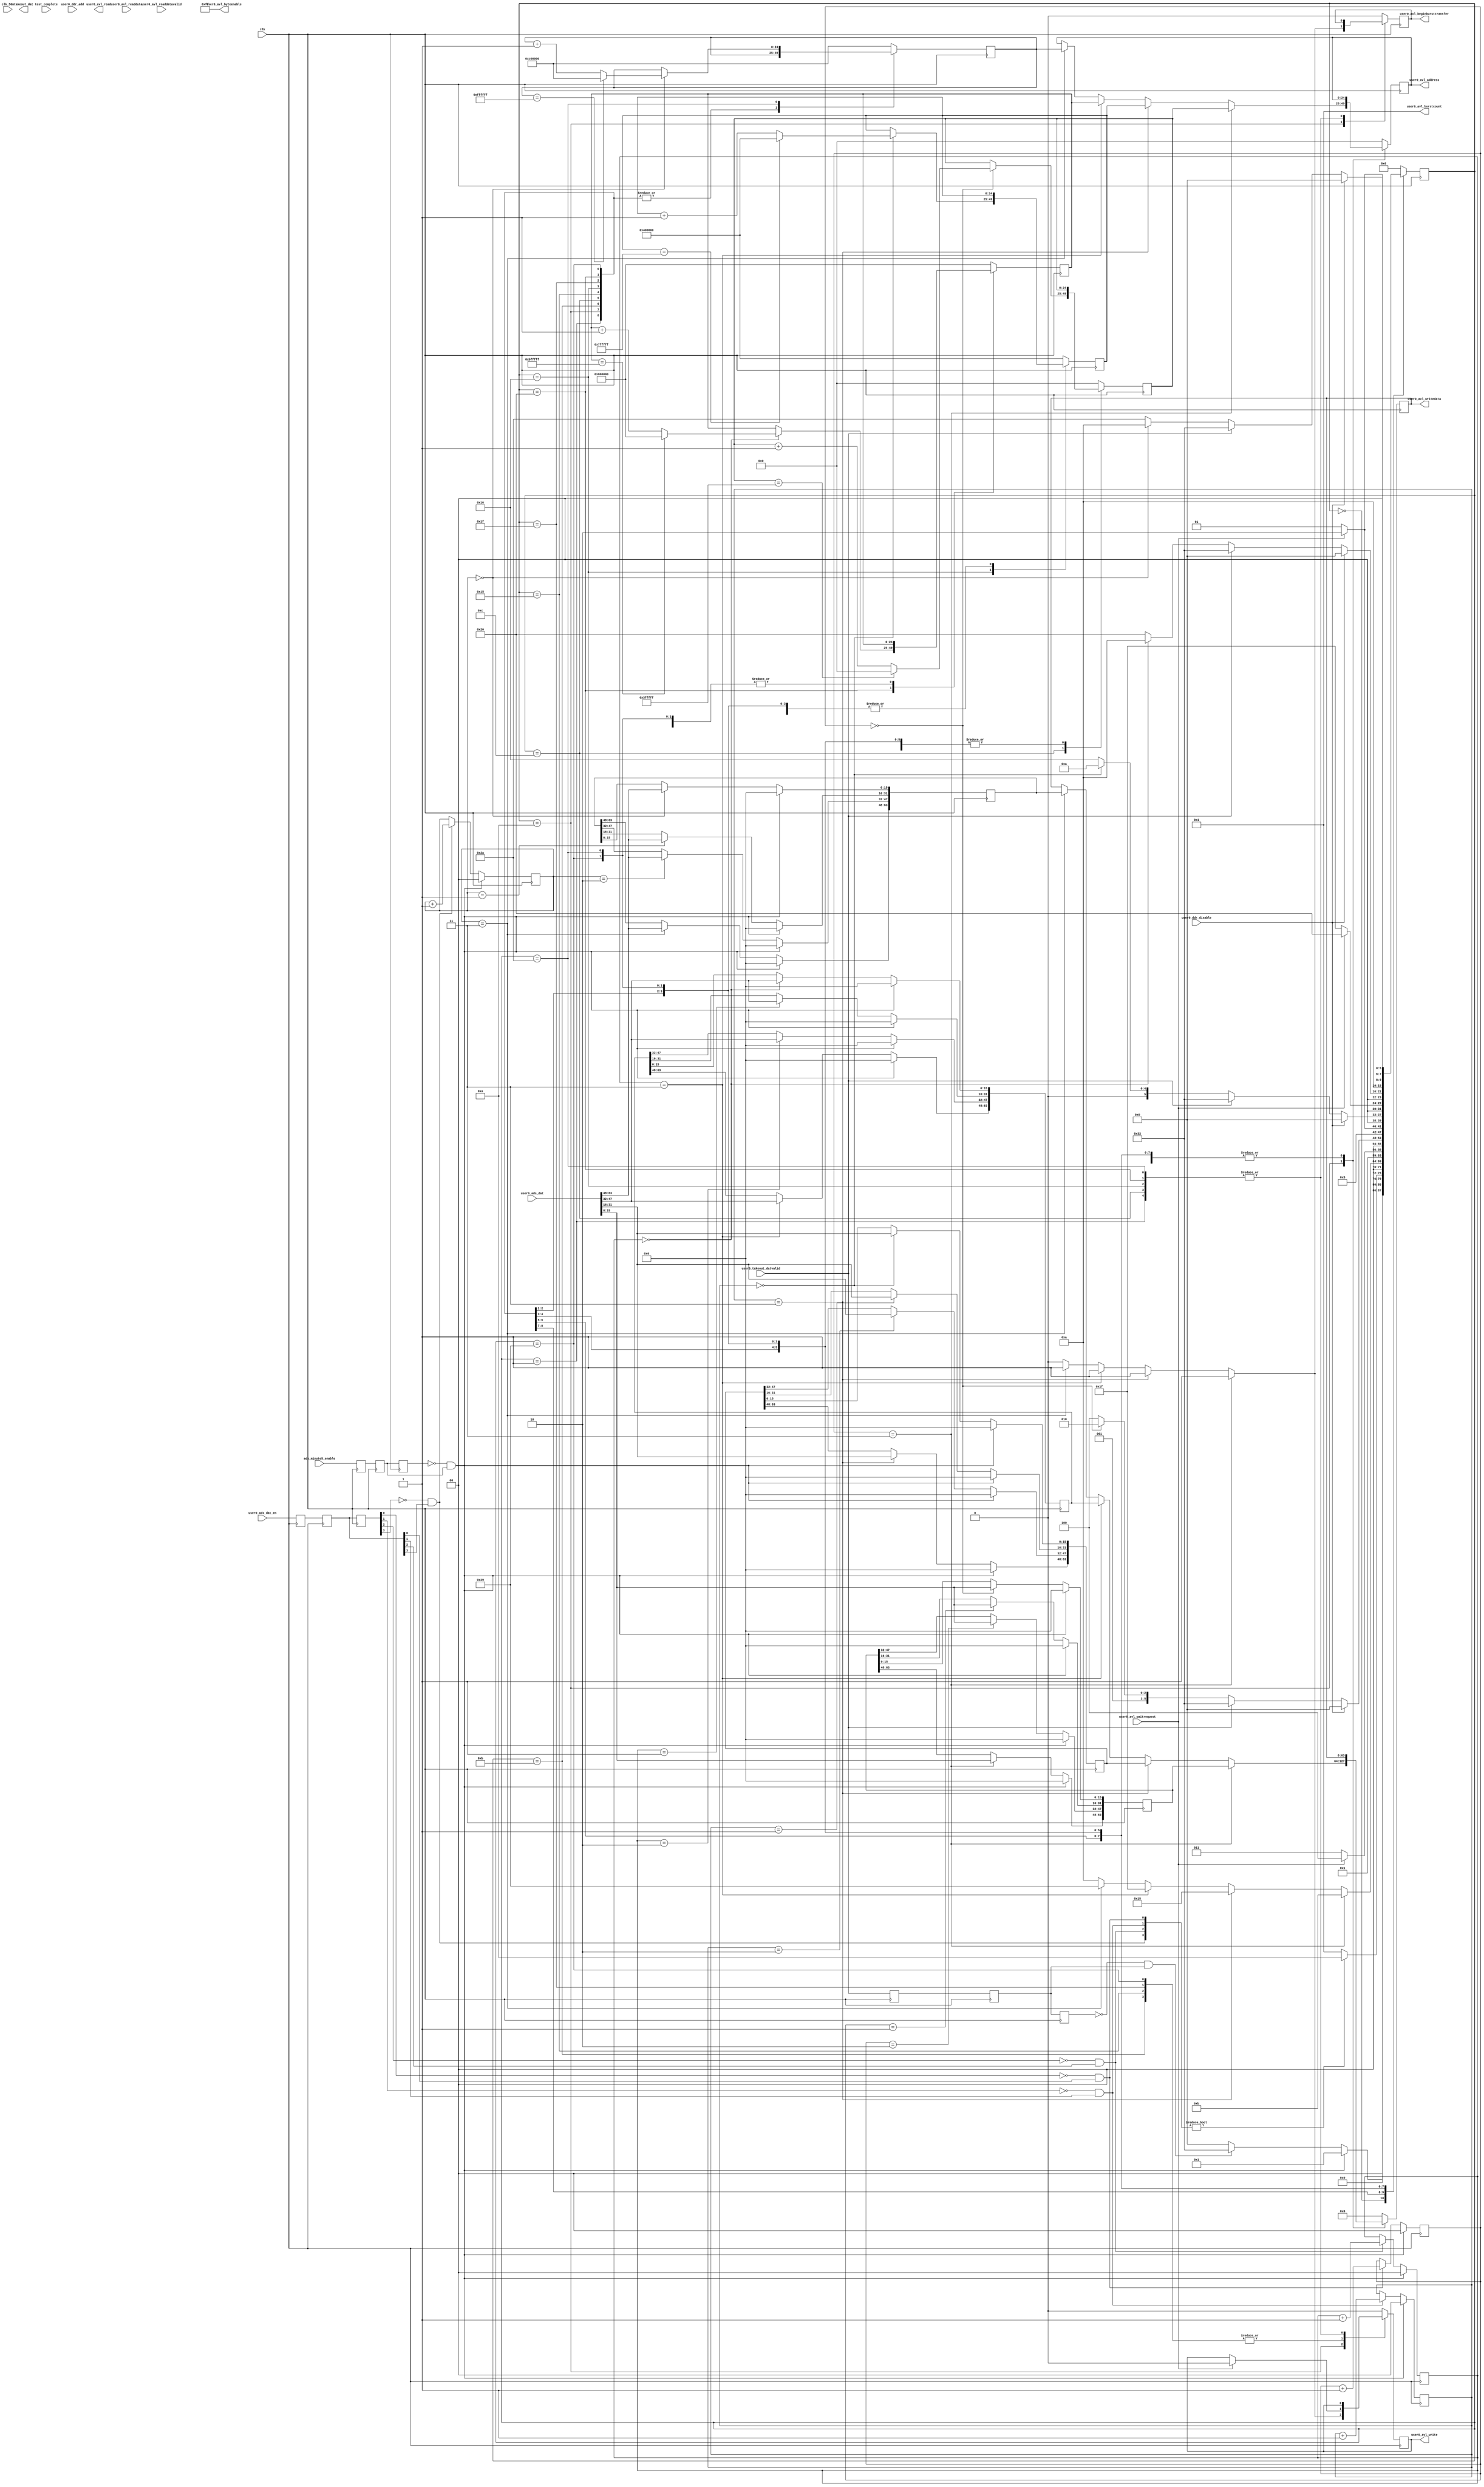
`timescale 1 ns / 1 ns
module ddr_control_ads_minute5(
		input clk,
		input clk_50m,
		input test_complete,
		
		output reg [24:0]  user0_avl_address,              //user0_avl.address
		output reg         user0_avl_write,                //.write
		output reg         user0_avl_read,                 //.read
		input  wire[63:0]  user0_avl_readdata,             //.readdata
		output reg [63:0]  user0_avl_writedata,            //.writedata
		output reg         user0_avl_beginbursttransfer,   //.beginbursttransfer
		output wire[3:0]   user0_avl_burstcount,           //.burstcount
		output wire[7:0]   user0_avl_byteenable,           //.byteenable
		input  wire        user0_avl_readdatavalid,        //.readdatavalid
		input  wire        user0_avl_waitrequest,          //.waitrequest_n
		
		input 	  [24:0]	 user0_ddr_add,
		input 				 ads_minute5_enable,
		input 				 user0_ddr_disable,
		input 				 user0_takeout_datvalid,
		
		input 	  [63:0]  user0_ads_dat,
		input 	  [3:0]   user0_ads_dat_en,
		
		output reg [63:0]	 takeout_dat
	);
 parameter ddr_baseadd_ads1ch2 = 25'h000_0000;//block1
 parameter ddr_endadd_ads1ch2  = 25'h03f_ffff;//block1
 parameter ddr_baseadd_ads1ch3 = 25'h040_0000;//block2
 parameter ddr_endadd_ads1ch3  = 25'h07f_ffff;//block2
 parameter ddr_baseadd_ads2ch2 = 25'h080_0000;//block3
 parameter ddr_endadd_ads2ch2  = 25'h0bf_ffff;//block3
 parameter ddr_baseadd_ads2ch3 = 25'h0c0_0000;//block4	
 parameter ddr_endadd_ads2ch3  = 25'h0ff_ffff;//block4
 
 parameter read_ddr_stradd	    = 25'h000_0000;//block4
 parameter read_ddr_endadd	    = 25'h100_0000;//block4	
assign user0_avl_burstcount=1;         		//.burstcount
assign user0_avl_byteenable=8'b1111_1111;  //.byteenable
//----------save 4 channel ads data into ddr 4 equality block---------------//	
////////////search posedge of control signal
 wire pos_ads_minute5_enable,neg_ads_minute5_enable;
 reg ads_minute5_enable_r0,ads_minute5_enable_r1,ads_minute5_enable_r2;
 always@(posedge clk)
	begin
		ads_minute5_enable_r0<=ads_minute5_enable;
		ads_minute5_enable_r1<=ads_minute5_enable_r0;
		ads_minute5_enable_r2<=ads_minute5_enable_r1;
	end
	assign pos_ads_minute5_enable=(~ads_minute5_enable_r2)&ads_minute5_enable_r1;
	assign neg_ads_minute5_enable=ads_minute5_enable_r2&(~ads_minute5_enable_r1);   
	
 wire pos_user0_takeout_datvalid,neg_user0_takeout_datvalid;
 reg user0_takeout_datvalid_r0,user0_takeout_datvalid_r1,user0_takeout_datvalid_r2;
 always@(posedge clk)
	begin
		user0_takeout_datvalid_r0<=user0_takeout_datvalid;
		user0_takeout_datvalid_r1<=user0_takeout_datvalid_r0;
		user0_takeout_datvalid_r2<=user0_takeout_datvalid_r1;
	end
	assign pos_user0_takeout_datvalid=(~user0_takeout_datvalid_r2)&user0_takeout_datvalid_r1;
	assign neg_user0_takeout_datvalid=user0_takeout_datvalid_r2&(~user0_takeout_datvalid_r1);   
	

 reg minute5_arrive;
 wire pos_minute5_arrive,neg_minute5_arrive;
 reg minute5_arrive_r0,minute5_arrive_r1,minute5_arrive_r2;
 always@(posedge clk)
	begin
		minute5_arrive_r0<=minute5_arrive;
		minute5_arrive_r1<=minute5_arrive_r0;
		minute5_arrive_r2<=minute5_arrive_r1;
	end
	assign pos_minute5_arrive=(~minute5_arrive_r2)&minute5_arrive_r1;
	assign neg_minute5_arrive=minute5_arrive_r2&(~minute5_arrive_r1);

 wire [3:0]pos_user0_ads_dat_en,neg_user0_ads_dat_en;
 reg [3:0]user0_ads_dat_en_r0,user0_ads_dat_en_r1,user0_ads_dat_en_r2;
 always@(posedge clk)
	begin
		user0_ads_dat_en_r0<=user0_ads_dat_en;
		user0_ads_dat_en_r1<=user0_ads_dat_en_r0;
		user0_ads_dat_en_r2<=user0_ads_dat_en_r1;
	end
	assign pos_user0_ads_dat_en[0]=(~user0_ads_dat_en_r2[0])&user0_ads_dat_en_r1[0];
	assign neg_user0_ads_dat_en[0]=user0_ads_dat_en_r2[0]&(~user0_ads_dat_en_r1[0]);
	assign pos_user0_ads_dat_en[1]=(~user0_ads_dat_en_r2[1])&user0_ads_dat_en_r1[1];
	assign neg_user0_ads_dat_en[1]=user0_ads_dat_en_r2[1]&(~user0_ads_dat_en_r1[1]);
	assign pos_user0_ads_dat_en[2]=(~user0_ads_dat_en_r2[2])&user0_ads_dat_en_r1[2];
	assign neg_user0_ads_dat_en[2]=user0_ads_dat_en_r2[2]&(~user0_ads_dat_en_r1[2]);
	assign pos_user0_ads_dat_en[3]=(~user0_ads_dat_en_r2[3])&user0_ads_dat_en_r1[3];
	assign neg_user0_ads_dat_en[3]=user0_ads_dat_en_r2[3]&(~user0_ads_dat_en_r1[3]);

///////////put 4 channel ads data into ddr
 reg[24:0] ddr_add_ads1ch2,ddr_add_ads1ch3,ddr_add_ads2ch2,ddr_add_ads2ch3;
 reg[63:0] ddr_dat_ads1ch2,ddr_dat_ads1ch3,ddr_dat_ads2ch2,ddr_dat_ads2ch3;
 
 reg [1:0] ddrdat_wait_cnt0,ddrdat_wait_cnt1,ddrdat_wait_cnt2,ddrdat_wait_cnt3;
 always@(posedge clk)
	begin
		if(pos_ads_minute5_enable)
			begin
				ddrdat_wait_cnt0<=0;
				ddrdat_wait_cnt1<=0;
				ddrdat_wait_cnt2<=0;
				ddrdat_wait_cnt3<=0;
			end
		else
			begin
				if(pos_user0_ads_dat_en[0])ddrdat_wait_cnt0<=ddrdat_wait_cnt0+1;
				else ddrdat_wait_cnt0<=ddrdat_wait_cnt0;
				if(pos_user0_ads_dat_en[1])ddrdat_wait_cnt1<=ddrdat_wait_cnt1+1;
				else ddrdat_wait_cnt1<=ddrdat_wait_cnt1;
				if(pos_user0_ads_dat_en[2])ddrdat_wait_cnt2<=ddrdat_wait_cnt2+1;
				else ddrdat_wait_cnt2<=ddrdat_wait_cnt2;
				if(pos_user0_ads_dat_en[3])ddrdat_wait_cnt3<=ddrdat_wait_cnt3+1;
				else ddrdat_wait_cnt3<=ddrdat_wait_cnt3;
			end
	end
	
  always@(posedge clk)
	begin
		if(pos_ads_minute5_enable)
			begin
				ddr_dat_ads1ch2<=0;
				ddr_dat_ads1ch3<=0;
				ddr_dat_ads2ch2<=0;
				ddr_dat_ads2ch3<=0;
			end
		else
			begin
				case(ddrdat_wait_cnt0)
					0:ddr_dat_ads1ch2[15: 0]<=user0_ads_dat[15: 0];
					1:ddr_dat_ads1ch2[31:16]<=user0_ads_dat[15: 0];
					2:ddr_dat_ads1ch2[47:32]<=user0_ads_dat[15: 0];
					3:ddr_dat_ads1ch2[63:48]<=user0_ads_dat[15: 0];
					default:ddr_dat_ads1ch2<=ddr_dat_ads1ch2;
				endcase
				case(ddrdat_wait_cnt1)
					0:ddr_dat_ads1ch3[15: 0]<=user0_ads_dat[31:16];
					1:ddr_dat_ads1ch3[31:16]<=user0_ads_dat[31:16];
					2:ddr_dat_ads1ch3[47:32]<=user0_ads_dat[31:16];
					3:ddr_dat_ads1ch3[63:48]<=user0_ads_dat[31:16];
					default:ddr_dat_ads1ch3<=ddr_dat_ads1ch3;
				endcase
				case(ddrdat_wait_cnt2)
					0:ddr_dat_ads2ch2[15: 0]<=user0_ads_dat[47:32];
					1:ddr_dat_ads2ch2[31:16]<=user0_ads_dat[47:32];
					2:ddr_dat_ads2ch2[47:32]<=user0_ads_dat[47:32];
					3:ddr_dat_ads2ch2[63:48]<=user0_ads_dat[47:32];
					default:ddr_dat_ads2ch2<=ddr_dat_ads2ch2;
				endcase
				case(ddrdat_wait_cnt3)
					0:ddr_dat_ads2ch3[15: 0]<=user0_ads_dat[63:48];
					1:ddr_dat_ads2ch3[31:16]<=user0_ads_dat[63:48];
					2:ddr_dat_ads2ch3[47:32]<=user0_ads_dat[63:48];
					3:ddr_dat_ads2ch3[63:48]<=user0_ads_dat[63:48];
					default:ddr_dat_ads2ch3<=ddr_dat_ads2ch3;
				endcase
			end
	end	
						
(*syn_preserve = 1*)reg [7:0] ddr_minute5_state;
always@(posedge clk)
	begin
		case(ddr_minute5_state)
				0:begin
					ddr_add_ads1ch2<=ddr_baseadd_ads1ch2;
					ddr_add_ads1ch3<=ddr_baseadd_ads1ch3;
					ddr_add_ads2ch2<=ddr_baseadd_ads2ch2;
					ddr_add_ads2ch3<=ddr_baseadd_ads2ch3;
					user0_avl_address		<=0;
					user0_avl_writedata	<=0;
					user0_avl_beginbursttransfer<=0;
					user0_avl_write<=0;
					
					if(pos_ads_minute5_enable)ddr_minute5_state<=1;
					else if(pos_user0_takeout_datvalid)ddr_minute5_state<=50;
					else ddr_minute5_state<=0;
					  end			
				1:begin
//					user0_avl_burstcount<=1;         		//.burstcount
					if		 (pos_user0_ads_dat_en!=0)ddr_minute5_state<=10;
					else ddr_minute5_state<=1;
					  end
				10:begin
					if		 (ddrdat_wait_cnt0==3)begin
						user0_avl_address		<=ddr_add_ads1ch2;
						user0_avl_writedata	<=ddr_dat_ads1ch2;
						user0_avl_write<=1;
						user0_avl_beginbursttransfer<=1;
						ddr_minute5_state<=11;end
					else if(ddrdat_wait_cnt1==3)begin
						user0_avl_address		<=ddr_add_ads1ch3;
						user0_avl_writedata	<=ddr_dat_ads1ch3;
						user0_avl_write<=1;
						user0_avl_beginbursttransfer<=1;
						ddr_minute5_state<=21;end
					else if(ddrdat_wait_cnt2==3)begin
						user0_avl_address		<=ddr_add_ads2ch2;
						user0_avl_writedata	<=ddr_dat_ads2ch2;
						user0_avl_write<=1;
						user0_avl_beginbursttransfer<=1;
						ddr_minute5_state<=31;end
					else if(ddrdat_wait_cnt3==3)begin
						user0_avl_address		<=ddr_add_ads2ch3;
						user0_avl_writedata	<=ddr_dat_ads2ch3;
						user0_avl_write<=1;
						user0_avl_beginbursttransfer<=1;
						ddr_minute5_state<=41;end
					else  							 begin
						user0_avl_address		<=user0_avl_address;
						user0_avl_writedata	<=user0_avl_writedata;
						user0_avl_write<=0;
						user0_avl_beginbursttransfer<=0;
						ddr_minute5_state<=10;end
					
					  end
				11:begin
					user0_avl_beginbursttransfer<=0;
					if(user0_avl_waitrequest)begin
						user0_avl_write<=0;
						ddr_minute5_state<=12;end
					else begin
						user0_avl_write<=user0_avl_write;
						ddr_minute5_state<=11;end end
				12:begin
						if		 (ddrdat_wait_cnt0==0)
							begin
								if(ddr_add_ads1ch2==ddr_endadd_ads1ch2)ddr_add_ads1ch2<=ddr_baseadd_ads1ch2;
								else ddr_add_ads1ch2<=ddr_add_ads1ch2+1;
							end
							
						else begin
							ddr_add_ads1ch2<=ddr_add_ads1ch2;
						  end
						if(user0_ddr_disable)ddr_minute5_state<=0;
						else if(user0_takeout_datvalid)ddr_minute5_state<=50;
						else if(ddrdat_wait_cnt0==0)ddr_minute5_state<=10;
						else ddr_minute5_state<=12;
						end
				21:begin
					user0_avl_beginbursttransfer<=0;
					if(user0_avl_waitrequest)begin
						user0_avl_write<=0;
						ddr_minute5_state<=22;end
					else begin
						user0_avl_write<=user0_avl_write;
						ddr_minute5_state<=21;end end
				22:begin
						if		 (ddrdat_wait_cnt1==0)
							begin
								if(ddr_add_ads1ch3==ddr_endadd_ads1ch3)ddr_add_ads1ch3<=ddr_baseadd_ads1ch3;
									else ddr_add_ads1ch3<=ddr_add_ads1ch3+1;
							end
						else begin
							ddr_add_ads1ch3<=ddr_add_ads1ch3;
						  end
						if(user0_ddr_disable)ddr_minute5_state<=0;
						else if(user0_takeout_datvalid)ddr_minute5_state<=50;
						else if(ddrdat_wait_cnt1==0)ddr_minute5_state<=10;
						else ddr_minute5_state<=22;
						end
				31:begin
					user0_avl_beginbursttransfer<=0;
					if(user0_avl_waitrequest)begin
						user0_avl_write<=0;
						ddr_minute5_state<=32;end
					else begin
						user0_avl_write<=user0_avl_write;
						ddr_minute5_state<=31;end end
				32:begin
						if		 (ddrdat_wait_cnt2==0)
							begin
								if(ddr_add_ads2ch2==ddr_endadd_ads2ch2)ddr_add_ads2ch2<=ddr_baseadd_ads2ch2;
								else ddr_add_ads2ch2<=ddr_add_ads2ch2+1;
							end
						else begin
							ddr_add_ads2ch2<=ddr_add_ads2ch2;
						  end
						if(user0_ddr_disable)ddr_minute5_state<=0;
						else if(user0_takeout_datvalid)ddr_minute5_state<=50;
						else if(ddrdat_wait_cnt2==0)ddr_minute5_state<=10;
						else ddr_minute5_state<=32;
						end
				41:begin
					user0_avl_beginbursttransfer<=0;
					if(user0_avl_waitrequest)begin
						user0_avl_write<=0;
						ddr_minute5_state<=42;end
					else begin
						user0_avl_write<=user0_avl_write;
						ddr_minute5_state<=41;end end
				42:begin
						if		 (ddrdat_wait_cnt3==0)
							begin
								if(ddr_add_ads2ch3==ddr_endadd_ads2ch3)ddr_add_ads2ch3<=ddr_baseadd_ads2ch3;
								else ddr_add_ads2ch3<=ddr_add_ads2ch3+1;
							end
						else begin
							ddr_add_ads2ch3<=ddr_add_ads2ch3;
						  end
						if(user0_ddr_disable)ddr_minute5_state<=0;
						else if(user0_takeout_datvalid)ddr_minute5_state<=50;
						else if(ddrdat_wait_cnt3==0)ddr_minute5_state<=10;
						else ddr_minute5_state<=42;
					end
//				50:
//					begin
//						user0_avl_burstcount<=8;
//						user0_avl_address<=read_ddr_stradd;
//						ddr_minute5_state<=51;
//					end
//				51:begin
//						user0_avl_beginbursttransfer<=1;
//						user0_avl_read<=1;
//						ddr_minute5_state<=52;
//					end
//				52:begin
//					user0_avl_beginbursttransfer<=0;
//					if(user0_avl_waitrequest)begin
//						user0_avl_read<=0;
//						ddr_minute5_state<=53;end
//					else begin
//						user0_avl_read<=user0_avl_read;
//						ddr_minute5_state<=52;end end
//				53:begin
//						if(user0_avl_readdatavalid)
//							begin
//								takeout_dat<=user0_avl_readdata;
//								if(user0_avl_address==read_ddr_endadd)
//									begin
//										user0_avl_address<=read_ddr_stradd;
//										ddr_minute5_state<=0;
//									end
//								else
//									begin
//										user0_avl_address<=user0_avl_address+1;
//										ddr_minute5_state<=51;
//									end
//							end
//						else
//							begin
//								takeout_dat<=takeout_dat;
//								user0_avl_address<=user0_avl_address;
//								ddr_minute5_state<=53;
//								
//							end
//					end
				default:
				  begin
						ddr_add_ads1ch2<=ddr_baseadd_ads1ch2;
						ddr_add_ads1ch3<=ddr_baseadd_ads1ch3;
						ddr_add_ads2ch2<=ddr_baseadd_ads2ch2;
						ddr_add_ads2ch3<=ddr_baseadd_ads2ch3;
						user0_avl_address		<=0;
						user0_avl_writedata	<=0;
						user0_avl_beginbursttransfer<=0;
						user0_avl_write<=0;
						ddr_minute5_state<=0;
					  end
		endcase
	end				
//-------------------5 minute pruduce module----------------------------------// 
 wire pos50m_ads_minute5_enable,neg50m_ads_minute5_enable;
 reg ads_minute5_enable_50mr0,ads_minute5_enable_50mr1,ads_minute5_enable_50mr2;
 always@(posedge clk_50m)
	begin
		ads_minute5_enable_50mr0<=ads_minute5_enable;
		ads_minute5_enable_50mr1<=ads_minute5_enable_50mr0;
		ads_minute5_enable_50mr2<=ads_minute5_enable_50mr1;
	end
assign pos50m_ads_minute5_enable=(~ads_minute5_enable_50mr2)&ads_minute5_enable_50mr1;
assign neg50m_ads_minute5_enable=ads_minute5_enable_50mr2&(~ads_minute5_enable_50mr1);   
	
 reg [15:0]timecnt_ads;
 reg [7:0]minute_ads,second_ads;
 reg [15:0]msecond_ads;
 always @(posedge clk_50m)
	begin
		if(minute_ads==5)minute5_arrive<=1;
		else	minute5_arrive<=0;
	end
 
 always @(posedge clk_50m)
	begin
		if(pos50m_ads_minute5_enable)
			begin
				minute_ads	<=0;
				second_ads	<=0;
				msecond_ads <=0;
				timecnt_ads	<=0;
			end
		else
			begin
				if(minute_ads==5)
					begin
						minute_ads	<=minute_ads;
					end
				else
					begin
						if(second_ads==59)
							begin
								minute_ads<=minute_ads+1;
								second_ads<=0;
							end
						else
							begin
								minute_ads<=minute_ads;
								if(msecond_ads==999)
									begin
										second_ads<=second_ads+1;
										msecond_ads<=0;
									end
								else
									begin
										second_ads<=second_ads;//50_000*20ns=1ms--50Mhz clock
										if(timecnt_ads==50_000)
											begin
												msecond_ads<=msecond_ads+1;
												timecnt_ads<=0;
											end
										else
											begin
												msecond_ads<=msecond_ads;
												timecnt_ads<=timecnt_ads+1;
											end
									end
							end
					end
			end
	end
	
endmodule